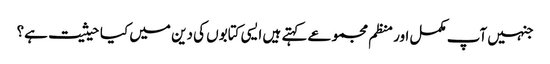
جنہیں آپ مکمل اور منظم مجموعے کہتے ہیں ایسی کتابوں کی دین میں کیا حیثیت ہے؟